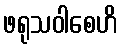
ဖရုသဝါစေဟိ